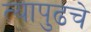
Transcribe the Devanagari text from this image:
त्यापुढचे